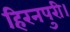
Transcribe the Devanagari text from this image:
हिरनपुरी।